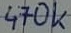
Text: 470k